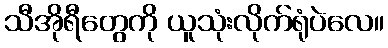
သီအိုရီတွေကို ယူသုံးလိုက်ရုံပဲလေ။